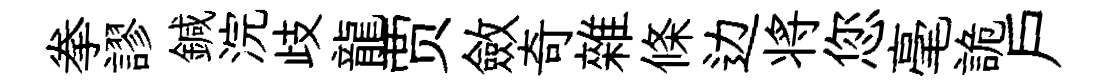
拳謬鍼浣歧龍贾斂奇雜條边将您毫詭戸